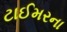
ટાઈમરના